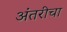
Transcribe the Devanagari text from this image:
अंतरीचा